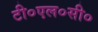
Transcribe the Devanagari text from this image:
टी०एल०सी०